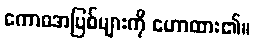
ကောဓအပြစ်များကို ဟောထား၏။